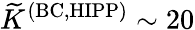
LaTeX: {\widetilde K}^{\mathrm{(BC,HIPP)}}\sim 20